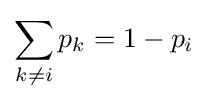
\sum _{k\neq i}p_{k}=1-p_{i}